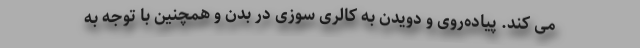
می کند. پیاده‌روی و دویدن به کالری سوزی در بدن و همچنین با توجه به